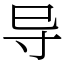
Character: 导